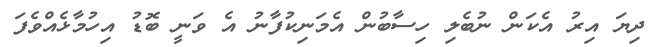
ދިޔަ އިރު އެކަން ނުބެލި ހިސާބުން އެމަނިކުފާނު އެ ވަނީ ބޮޑު އިހުމާޅެއްވެފަ